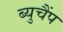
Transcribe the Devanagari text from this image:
ब्युचैंप